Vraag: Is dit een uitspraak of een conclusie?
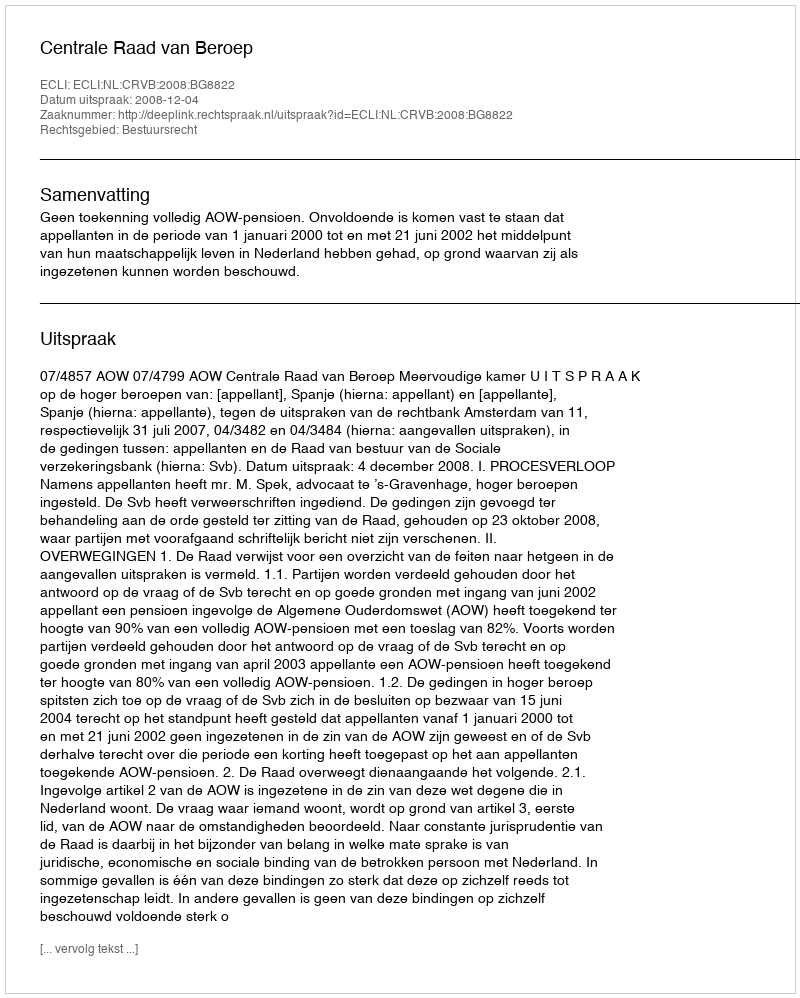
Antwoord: Uitspraak